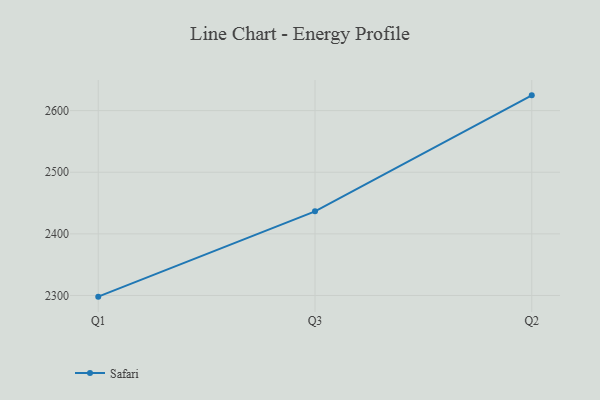
{"axis": {"x": "Quarter", "y": "Latency (ms)"}, "legend": ["Safari"], "data": [{"x": "Q1", "y": 2298.1, "type": "Safari"}, {"x": "Q3", "y": 2436.6, "type": "Safari"}, {"x": "Q2", "y": 2624.8, "type": "Safari"}]}